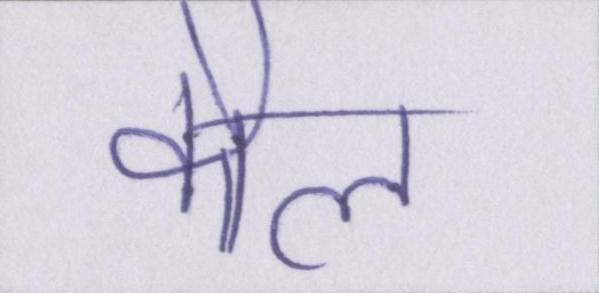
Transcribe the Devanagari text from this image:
कौल